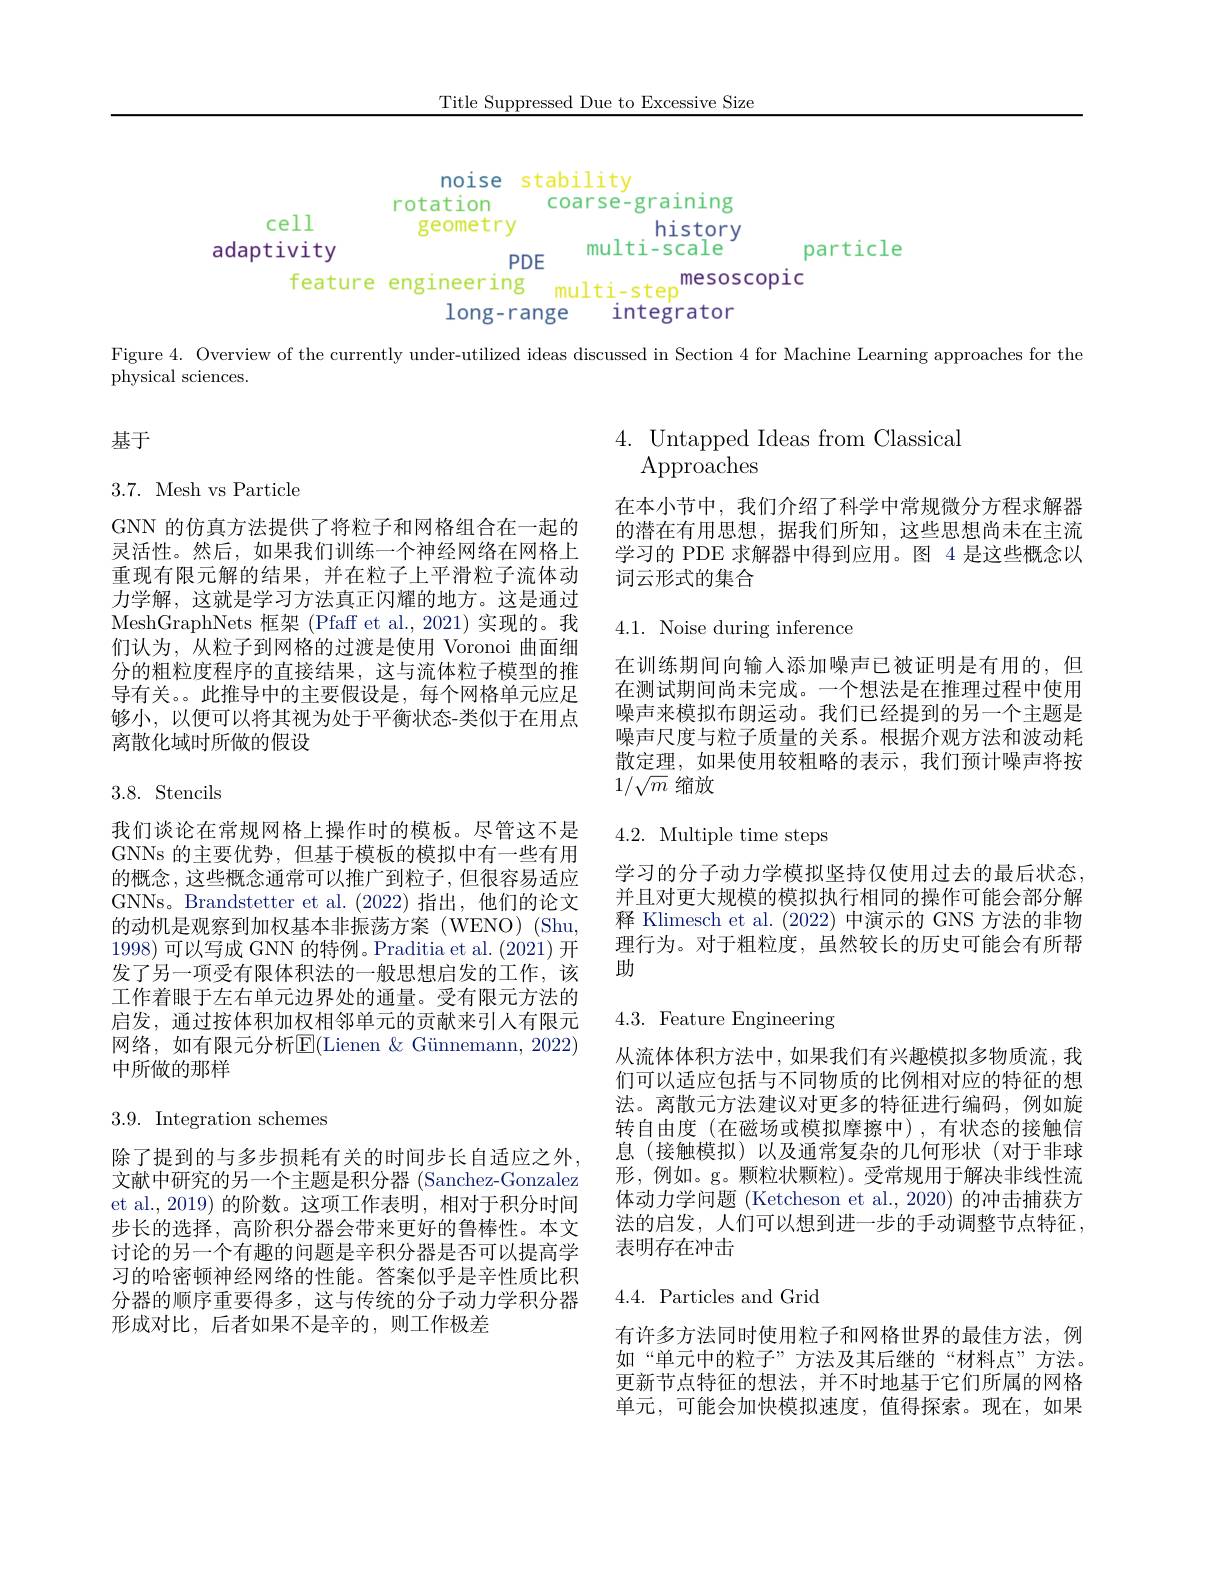
Title Suppressed Due to Excessive Size

<FigureHere>

Figure 4. Overview of the currently under-utilized ideas discussed in Section 4 for Machine Learning approaches for the

physical sciences.

# 基于

4. Untapped Ideas from Classical
$\operatorname{Approaches}$

## $3.7.{\mathrm{~Mesh~vs~Particle}}$

在本小节中，我们介绍了科学中常规微分方程求解器的潜在有用思想，据我们所知，这些思想尚未在主流学习的 PDE 求解器中得到应用。图 4 是这些概念以词云形式的集合

4.1. Noise during inference

GNN 的仿真方法提供了将粒子和网格组合在一起的灵活性。然后，如果我们训练一个神经网络在网格上重现有限元解的结果，并在粒子上平滑粒子流体动力学解，这就是学习方法真正闪耀的地方。这是通过MeshGraphNets 框架(Pfaff et al.,2021)实现的。我们认为，从粒子到网格的过渡是使用 Voronoi 曲面细分的粗粒度程序的直接结果，这与流体粒子模型的推导有关。。此推导中的主要假设是，每个网格单元应足够小，以便可以将其视为处于平衡状态-类似于在用点离散化域时所做的假设

在训练期间向输人添加噪声已被证明是有用的，但在测试期间尚未完成。一个想法是在推理过程中使用噪声来模拟布朗运动。我们已经提到的另一个主题是噪声尺度与粒子质量的关系。根据介观方法和波动耗散定理，如果使用较粗略的表示，我们预计噪声将按$1/\sqrt{m}$缩放

## 3.8. Stencils

# 4.2. Multiple time steps

学习的分子动力学模拟坚持仅使用过去的最后状态， 并且对更大规模的模拟执行相同的操作可能会部分解释 Klimesch et al. (2022)中演示的 GNS 方法的非物理行为。对于粗粒度，虽然较长的历史可能会有所帮助

我们谈论在常规网格上操作时的模板。尽管这不是GNNs 的主要优势，但基于模板的模拟中有一些有用的概念，这些概念通常可以推广到粒子，但很容易适应GNNs。Brandstetter et al.(2022)指出，他们的论文的动机是观察到加权基本非振荡方案 (WENO) (Shu, 1998)可以写成 GNN 的特例。Praditia et al.(2021)开发了另一项受有限体积法的一般思想启发的工作，该工作着眼于左右单元边界处的通量。受有限元方法的启发，通过按体积加权相邻单元的贡献来引人有限元网络，如有限元分析$\mathbb{E}($Lienen &Günnemann, 2022) 中所做的那样

# 4.3. Feature Engineering

$3.9.{\mathrm{Integration~schemes}}$

从流体体积方法中，如果我们有兴趣模拟多物质流，我们可以适应包括与不同物质的比例相对应的特征的想法。离散元方法建议对更多的特征进行编码，例如旋转自由度(在磁场或模拟摩擦中),有状态的接触信息(接触模拟)以及通常复杂的几何形状(对于非球形，例如。g。颗粒状颗粒)。受常规用于解决非线性流体动力学问题 (Ketcheson et al., 2020) 的冲击捕获方法的启发，人们可以想到进一步的手动调整节点特征， 表明存在冲击

除了提到的与多步损耗有关的时间步长自适应之外， 文献中研究的另一个主题是积分器 (Sanchez-Gonzalez et al.,2019) 的阶数。这项工作表明，相对于积分时间步长的选择，高阶积分器会带来更好的鲁棒性。本文讨论的另一个有趣的问题是辛积分器是否可以提高学习的哈密顿神经网络的性能。答案似乎是辛性质比积分器的顺序重要得多，这与传统的分子动力学积分器形成对比，后者如果不是辛的，则工作极差

## $4.4.{\mathrm{Particles~and~Grid}}$

有许多方法同时使用粒子和网格世界的最佳方法，例如“单元中的粒子”方法及其后继的“材料点”方法。更新节点特征的想法，并不时地基于它们所属的网格单元，可能会加快模拟速度，值得探索。现在，如果